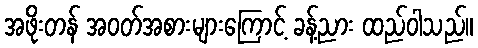
အဖိုးတန် အဝတ်အစားများကြောင့် ခန့်ညား ထည်ဝါသည်။